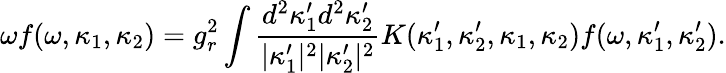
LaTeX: \omega f(\omega,\kappa_{1},\kappa_{2})=g_{r}^{2}\int\frac{d^{2}\kappa_{1}^{\prime}d^{2}\kappa_{2}^{\prime}}{|\kappa_{1}^{\prime}|^{2}|\kappa_{2}^{\prime}|^{2}}K(\kappa_{1}^{\prime},\kappa_{2}^{\prime},\kappa_{1},\kappa_{2})f(\omega,\kappa_{1}^{\prime},\kappa_{2}^{\prime}).